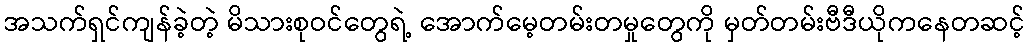
အသက်ရှင်ကျန်ခဲ့တဲ့ မိသားစုဝင်တွေရဲ့ အောက်မေ့တမ်းတမှုတွေကို မှတ်တမ်းဗီဒီယိုကနေတဆင့်